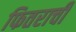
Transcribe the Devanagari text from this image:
फितराची